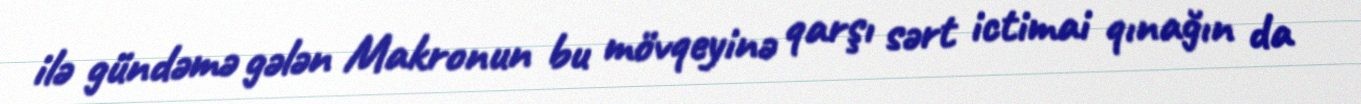
ilə gündəmə gələn Makronun bu mövqeyinə qarşı sərt ictimai qınağın da